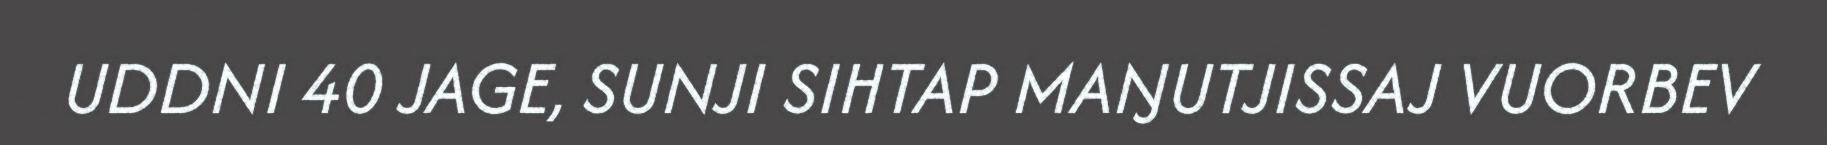
UDDNI 40 JAGE, SUNJI SIHTAP MAŊUTJISSAJ VUORBEV